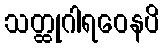
သတ္ထုဂါရဝေနပိ